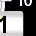
Digit: 1